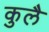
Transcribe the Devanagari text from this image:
कुलै